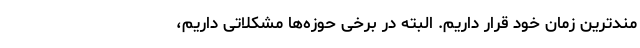
مند‌ترین زمان خود قرار داریم. البته در برخی حوزه‌ها مشکلاتی داریم،